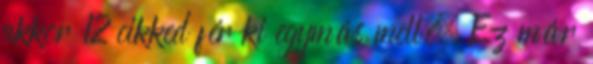
akkor 12 cikked fér ki egymás mellé. Ez már